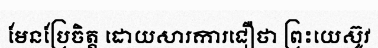
មែនប្រែចិត្ត ដោយសារការជឿថា ព្រះយេស៊ូវ